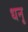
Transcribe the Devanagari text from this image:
धनृ